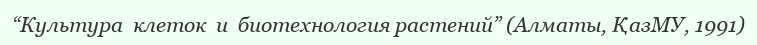
“Культура  клеток  и  биотехнология растений” (Алматы, ҚазМУ, 1991)